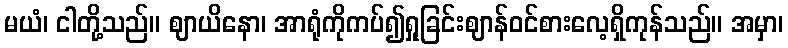
မယံ၊ ငါတို့သည်။ ဈာယိနော၊ အာရုံကိုကပ်၍ရှုခြင်းဈာန်ဝင်စားလေ့ရှိကုန်သည်။ အမှာ၊